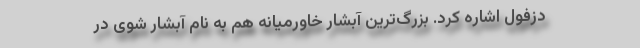
دزفول اشاره کرد. بزرگ‌ترین آبشار خاورمیانه هم به نام آبشار شوی در